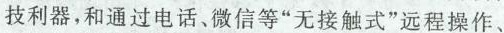
技利器，和通过电话、微信等”无接触式”远程操作、